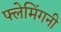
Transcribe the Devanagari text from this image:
फ्लेमिंगनी